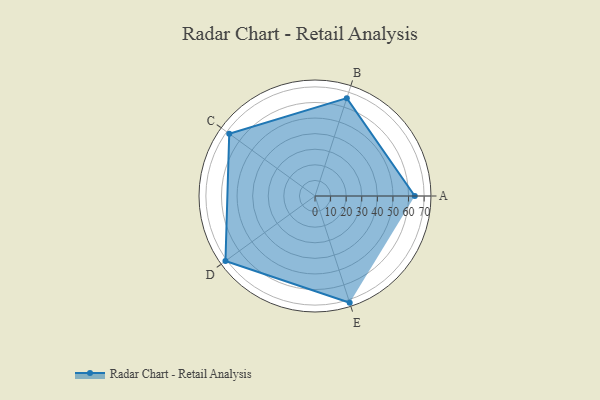
{"axis": {"x": "Skill", "y": "Score"}, "legend": ["Profile"], "data": [{"x": "A", "y": 64.0, "type": "Profile"}, {"x": "B", "y": 66.0, "type": "Profile"}, {"x": "C", "y": 68.0, "type": "Profile"}, {"x": "D", "y": 71.0, "type": "Profile"}, {"x": "E", "y": 72.0, "type": "Profile"}]}